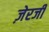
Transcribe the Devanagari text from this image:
ज़ेरजी